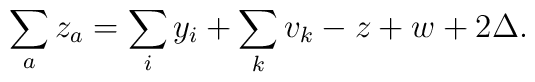
\sum_a z_a = \sum_i y_i + \sum_k v_k - z + w +2\Delta.